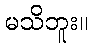
မသိဘူး။